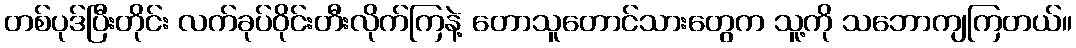
တစ်ပုဒ်ပြီးတိုင်း လက်ခုပ်ဝိုင်းတီးလိုက်ကြနဲ့ တောသူတောင်သားတွေက သူ့ကို သဘောကျကြတယ်။